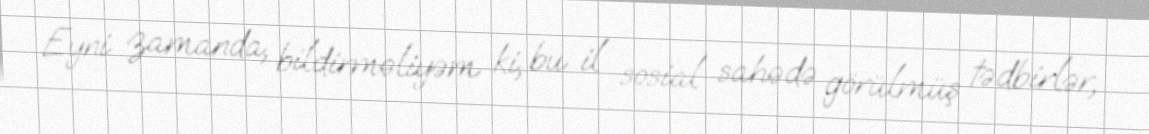
Eyni zamanda, bildirməliyəm ki, bu il sosial sahədə görülmüş tədbirlər,